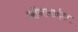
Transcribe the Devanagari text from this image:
ऑनलाईल